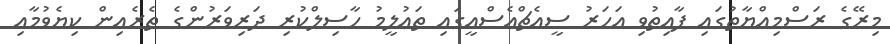
މިރޭގެ ރަސްމިއްޔާތުގައި ފާއިތުވި އަހަރު ސީއެޗްއެސްއީގައި ތަޢުލީމު ހާސިލްކުރި ދަރިވަރުންގެ ތެރެއިން ކިޔެވުމާއި